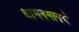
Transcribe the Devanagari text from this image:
धामनगावचे